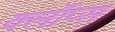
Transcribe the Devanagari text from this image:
क्लॉप्स